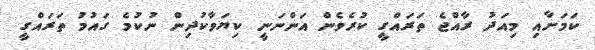
ކަމަށާއި މިއަދު ރާއްޖެ ތަރައްގީ ކުރެވެން އަންނަނީ ކިޔަވާކުދިން ނުކުމެ ގައުމު ތަރައްގީ